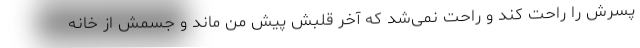
پسرش را راحت کند و راحت نمی‌شد که آخر قلبش پیش من ماند و جسمش از خانه